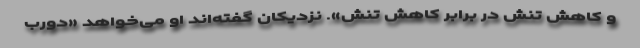
و کاهش تنش در برابر کاهش تنش». نزدیکان گفته‌اند او می‌خواهد «دورب